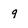
Character: 9